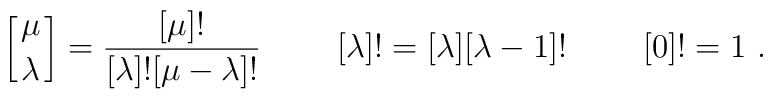
\left[{\mu\atop \lambda}\right]={[\mu]!\over[\lambda]![\mu-\lambda]!}\ \qquad [\lambda]!=[\lambda][\lambda-1]! \ \qquad[0]!=1 \ .